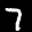
Label: 7